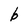
Character: b